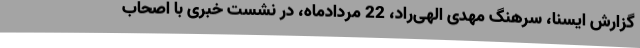
گزارش ایسنا، سرهنگ مهدی الهی‌راد، 22 مردادماه، در نشست خبری با اصحاب